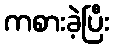
ကစားခဲ့ပြီး